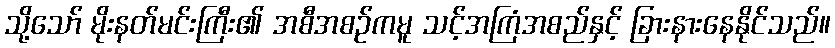
သို့သော် မိုးနတ်မင်းကြီး၏ အစီအစဉ်ကမူ သင့်အကြံအစည်နှင့် ခြားနားနေနိုင်သည်။